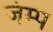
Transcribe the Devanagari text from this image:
जंम्प